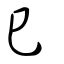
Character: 巳